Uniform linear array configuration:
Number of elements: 4
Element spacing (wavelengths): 1
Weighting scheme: kaiser
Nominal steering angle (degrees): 15
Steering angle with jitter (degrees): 15.143
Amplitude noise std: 0.05
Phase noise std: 0.05

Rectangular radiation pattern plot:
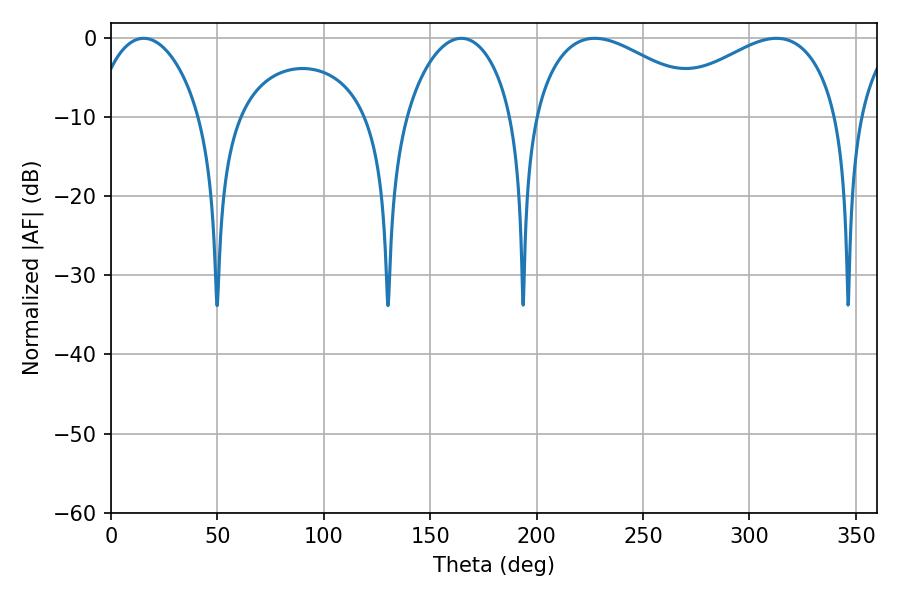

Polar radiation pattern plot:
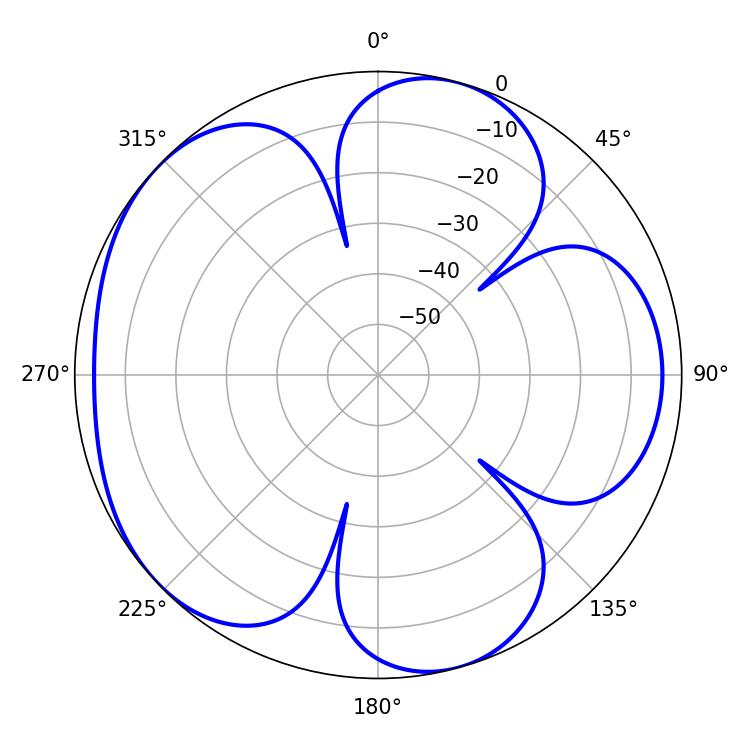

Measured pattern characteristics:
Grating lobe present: TRUE
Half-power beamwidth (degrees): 46.62
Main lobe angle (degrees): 227.34